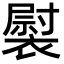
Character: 褽